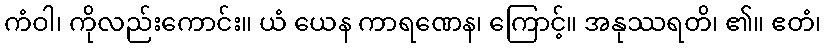
ကံဝါ၊ ကိုလည်းကောင်း။ ယံ ယေန ကာရဏေန၊ ကြောင့်။ အနုဿရတိ၊ ၏။ ဧတံ၊